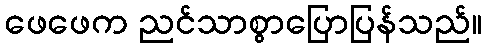
ဖေဖေက ညင်သာစွာပြောပြန်သည်။